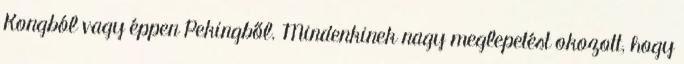
Kongból vagy éppen Pekingből. Mindenkinek nagy meglepetést okozott, hogy